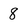
Character: 8